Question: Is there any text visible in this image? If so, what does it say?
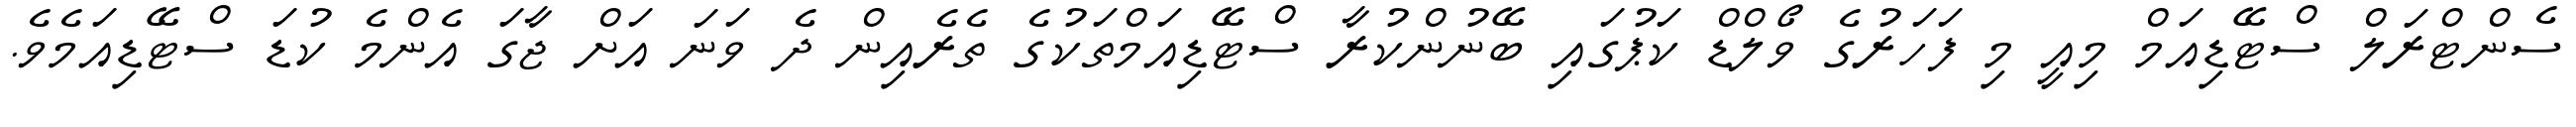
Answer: ސެންޓްރަލް ސްޓޭޑިއަމް މިއީ މި ފަހަރުގެ ވޯލްޑް ކަޕުގައި ބޭނުންކުރާ ސްޓޭޑިއަމްތަކުގެ ތެރެއިން ދެ ވަނަ އަށް ޖާގަ އެންމެ ކުޑަ ސްޓޭޑިއަމެވެ.